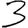
Digit: 3